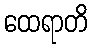
ထေရာတိ